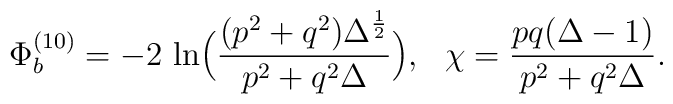
\Phi_b^{(10)} = - 2 ~{\rm ln}\Big({(p^2 + q^2) \Delta ^{1\over 2}\over{p^2 + q^2 \Delta}}\Big), ~~\chi = {pq(\Delta -1)\over{p^2 + q^2 \Delta}}.